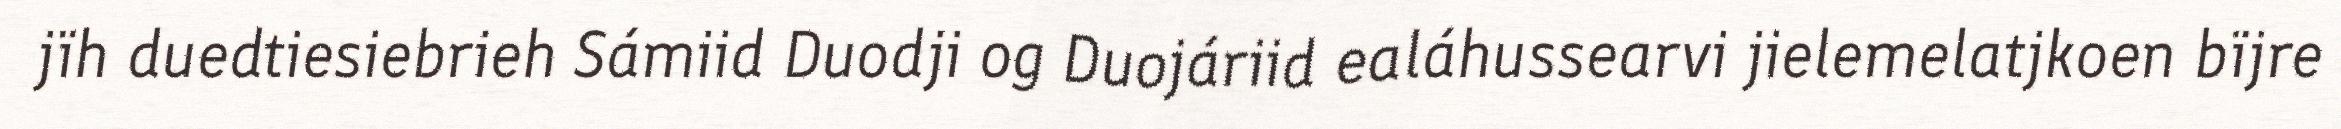
jïh duedtiesiebrieh Sámiid Duodji og Duojáriid ealáhussearvi jielemelatjkoen bïjre